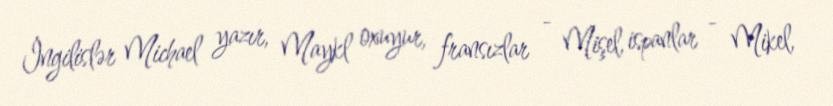
İngilislər Michael yazır, Maykl oxuyur, fransızlar - Mişel, ispanlar - Mikel,